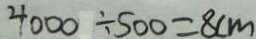
4 0 0 0 \div 5 0 0 = 8 c m